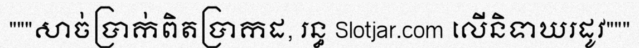
"""សាច់ប្រាក់ពិតប្រាកដ, រន្ធ Slotjar.com លើនិទាឃរដូវ"""